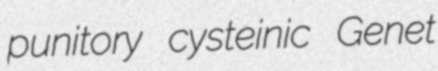
punitory cysteinic Genet